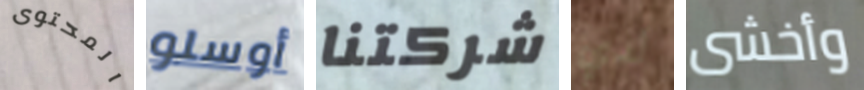
المحتوى أوسلو شركتنا لدي وأخشى